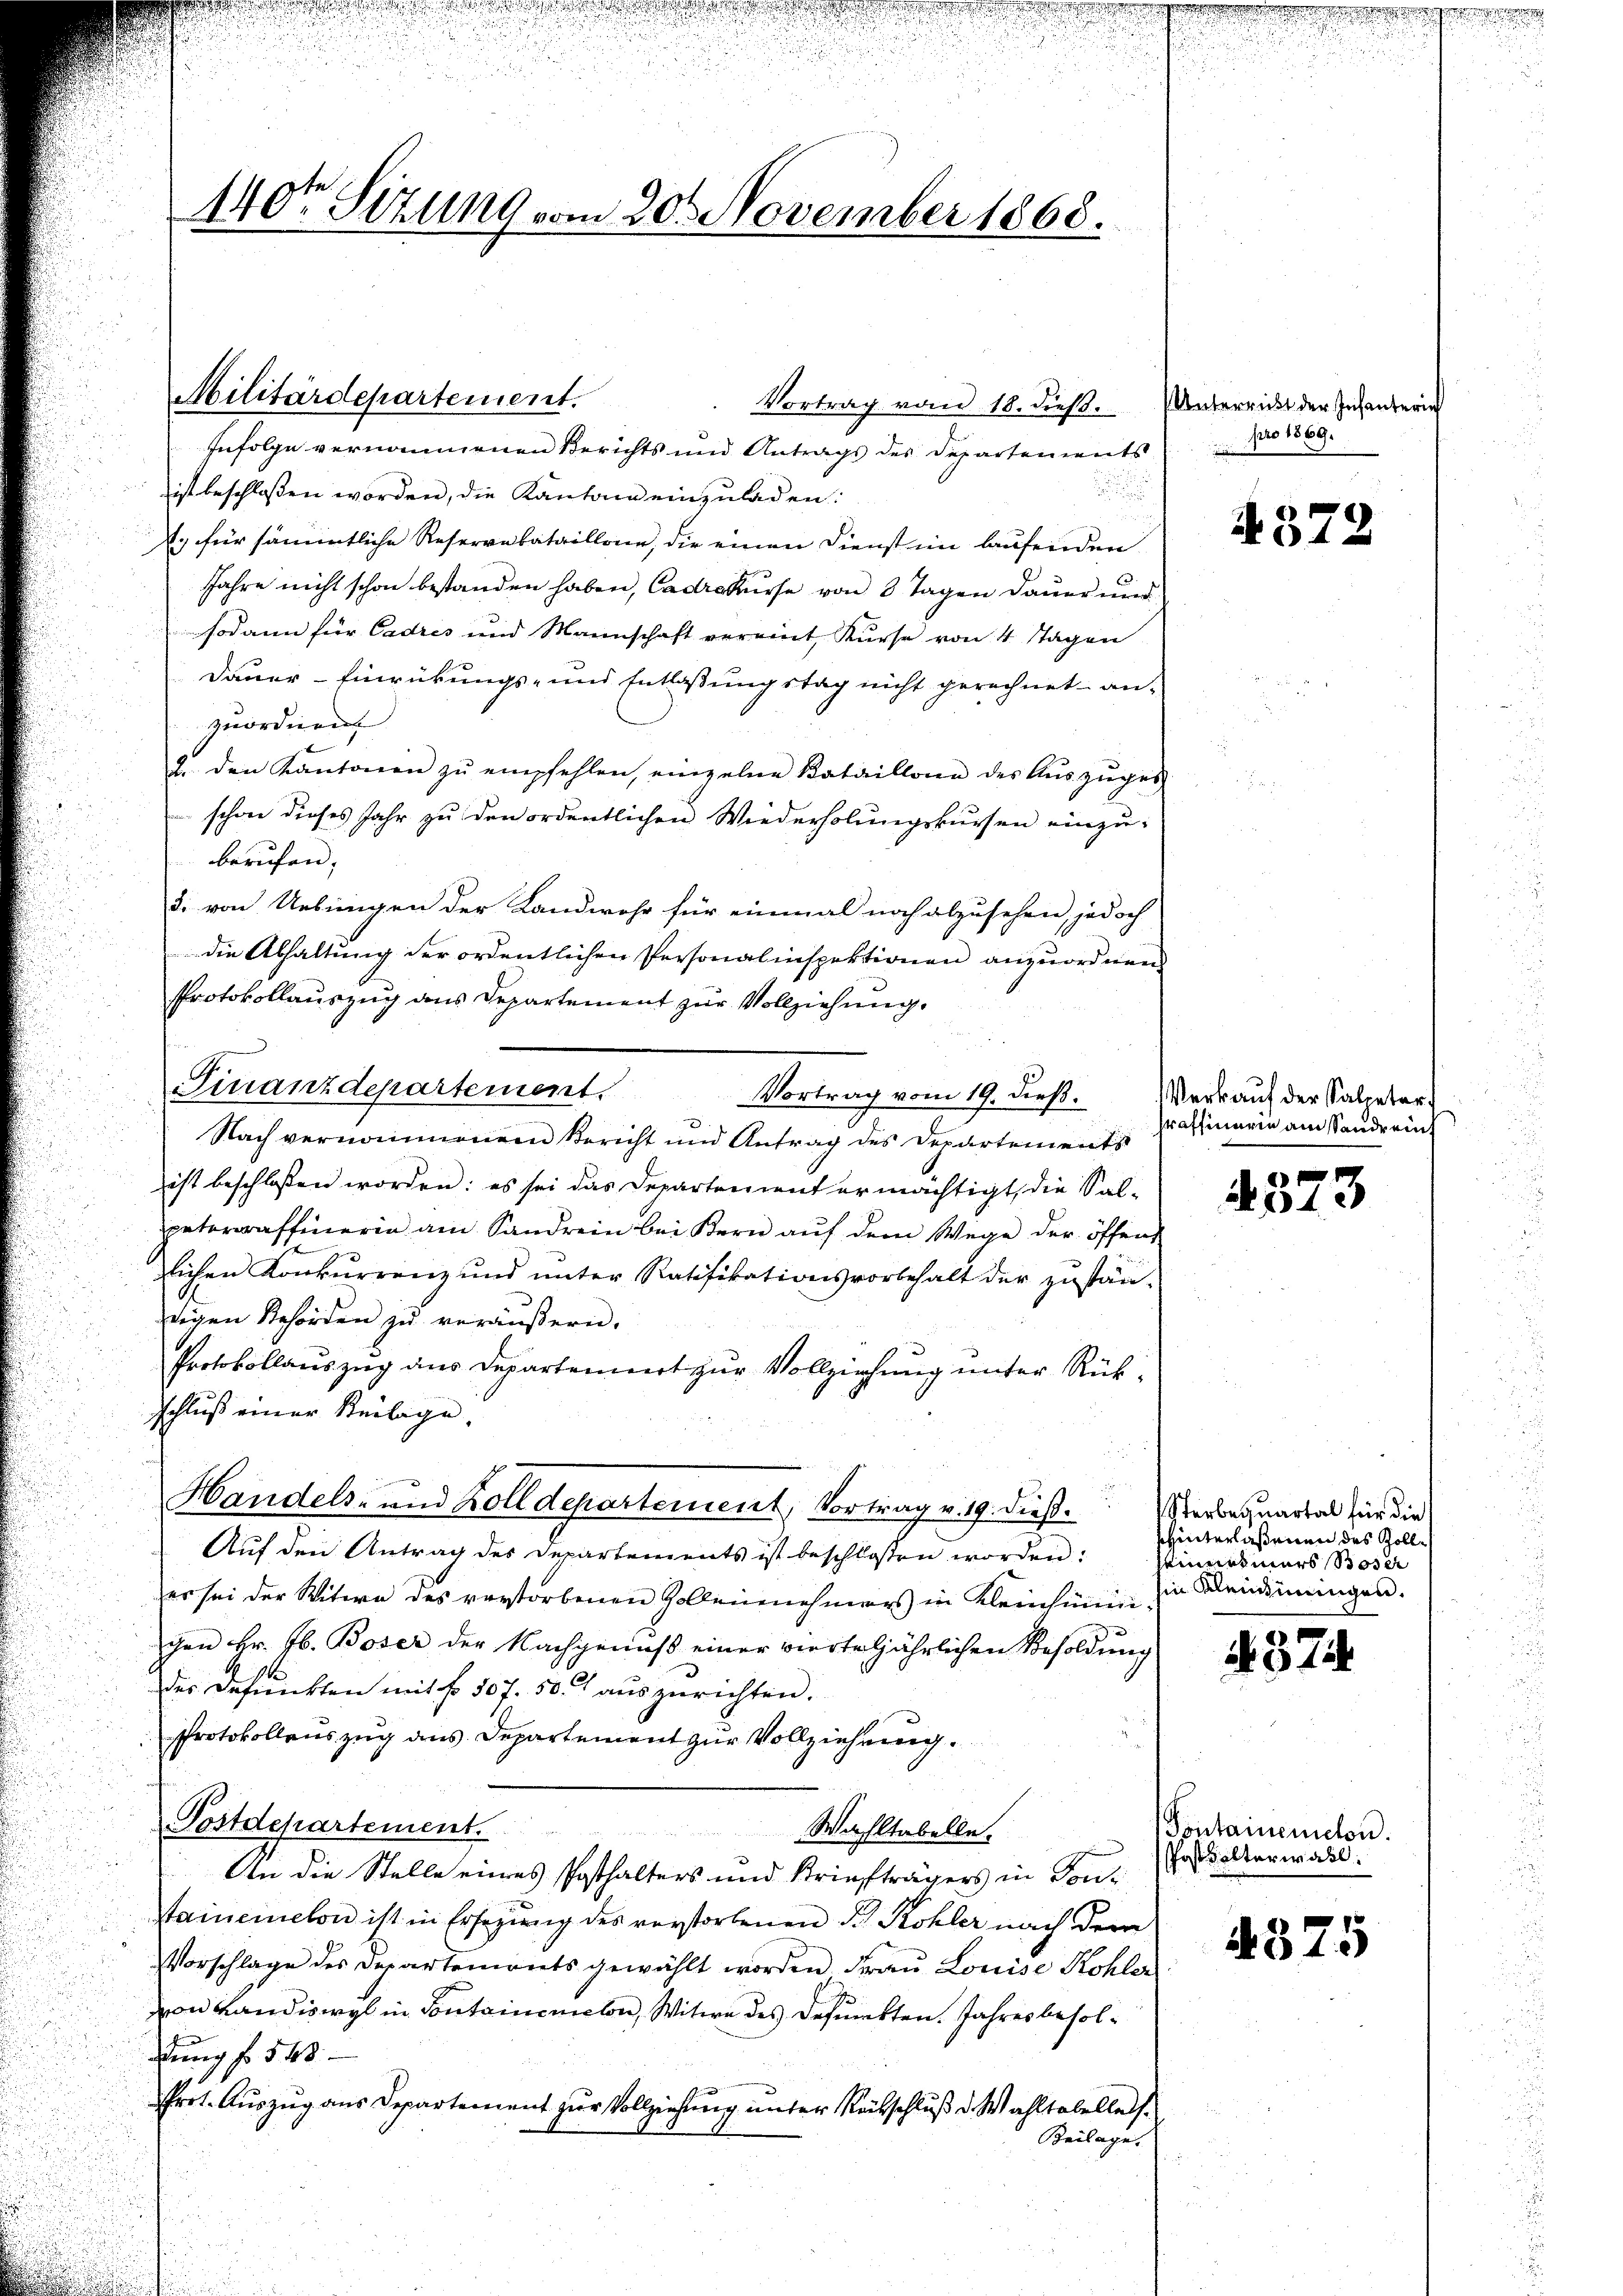
140ten Sizung vom 20. November 1868.

Militärdepartement.

Finanzdepartement.
Vortrag vom 19. dieß.

Vortrag vom 18. dieß.
Infolge vernommenen Berichts und Antrags des Departements
.
ist beschlossen worden, die Kantone einzuladen:
.) für sämmtliche Reservabataillone, die einen Dienst im laufenden
Jahre nicht schon bestanden haben, Cadrekurse von 8 Tagen Dauer und
sodann für Cadres und Mannschaft vereint, Kurse von 4 Tagen
Dauer-Einrückungs- und Entlaßungstag nicht gerechnet anzuordnen
2. den Kantonen zŭ empfehlen, einzelne Bataillone des Aŭszŭges
 schon dieses Jahr zu den ordentlichen Wiederholungskursen einzuberufen;
d. von Uebringen der Landwehr für einmal noch abzusehen, jedoch
die Abhaltung der ordentlichen Personalinspektionen anzuordnen
Protokollauszug aus Departement zur Vollziehung.
Nach vernommenem Bericht und Antrag des Departements
ist beschlossen worden: es sei das Departement ermächtigt, die Sal-
pateraffinerin am Sandrein bei Bern auf dem Wege der öffen
lichen Konkŭrrenz und ŭnter Ratifikationsvorbehalt der zŭstän-
digen Behörden zu veräußern.
Protokollauszug aus Departenniert zur Vollziehung unter Rückschluß einer Beilage.
Handels- und Zolldepartement, Vortrag v. 19. dieß.
Auf den Antrag des Departements ist beschlossen worden:
er sei der Witwe des verstorbenen Zollenenehmers in Kleinhimmchen Hr. Jb. Boser der Nachgenuß einer vierteljährlichen Besoldung
der Befunkten mit fr. 507. 50. aŭszurichten.
Protokollenszug aus Departement zur Vollziehung.
Postdepartement.
Wahltabelle.
An die Stelle eines Posthalters und Striefträgers in Fontainerelon ist in Ersezung des verstorbenen B. Kohler nach der
Vorschlage des Departemonts gewählt worden Fraŭ Louise Kohler
von Landiswyl in Sontamenclon, Witwe des defunkten. Jahres besoldung f. 548
Prot. Auszug aus Departement zur Vollziehung unter Reitschluß d. Wahltabellath¬
Beilage.

Unterricht der Infanterie
pro 1869.

4372

Verkauf der Saletar
Praffinerin am Sonderein

2
A12

Sterbequartal für die
shinterlaßenen des Zoll¬
Simetmars Boser
in Kleidinnigen.

379.

Sontairemeten.
Posthalterwahl.

4375

e